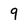
Character: 9